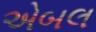
એબલ